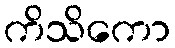
ကိသိကော